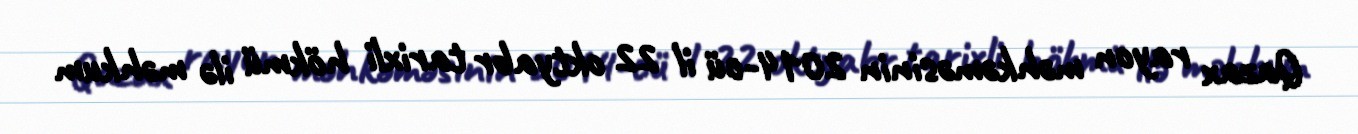
Qazax rayon məhkəməsinin 2014-cü il 22 oktyabr tarixli hökmü ilə məhkum